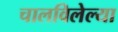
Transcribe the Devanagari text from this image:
चालविलेल्‍या